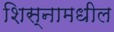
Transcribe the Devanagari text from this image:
शिस्नामधील